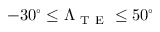
- 3 0 ^ { \circ } \le \Lambda _ { \mathrm { ~ T ~ E ~ } } \le 5 0 ^ { \circ }